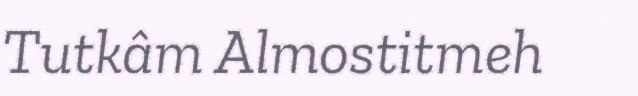
Tutkâm Almostitmeh